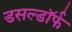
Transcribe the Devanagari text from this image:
डसल्डॉर्फ